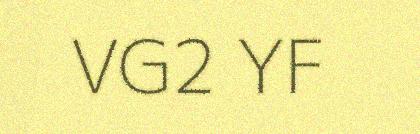
VG2 YF